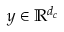
y \in \mathbb { R } ^ { d _ { c } }